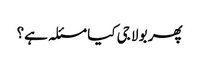
پھر بولا جی کیا مسئلہ ہے؟